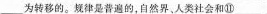
___为转移的。规律是普遍的，自然界、人类社会和⑪___